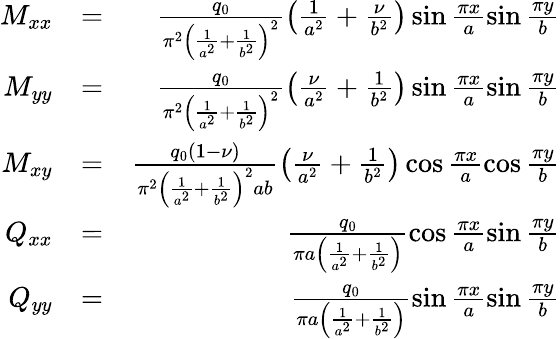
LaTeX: \begin{array}{rlr}{M_{xx}}&{=}&{\frac{q_{0}}{\pi^{2}\left(\frac{1}{a^{2}}+\frac{1}{b^{2}}\right)^{2}}\left(\frac{1}{a^{2}}+\frac{\nu}{b^{2}}\right)\sin\frac{\pi x}{a}\sin\frac{\pi y}{b}}\\ {M_{yy}}&{=}&{\frac{q_{0}}{\pi^{2}\left(\frac{1}{a^{2}}+\frac{1}{b^{2}}\right)^{2}}\left(\frac{\nu}{a^{2}}+\frac{1}{b^{2}}\right)\sin\frac{\pi x}{a}\sin\frac{\pi y}{b}}\\ {M_{xy}}&{=}&{\frac{q_{0}(1-\nu)}{\pi^{2}\left(\frac{1}{a^{2}}+\frac{1}{b^{2}}\right)^{2}ab}\left(\frac{\nu}{a^{2}}+\frac{1}{b^{2}}\right)\cos\frac{\pi x}{a}\cos\frac{\pi y}{b}}\\ {Q_{xx}}&{=}&{\frac{q_{0}}{\pi a\left(\frac{1}{a^{2}}+\frac{1}{b^{2}}\right)}\cos\frac{\pi x}{a}\sin\frac{\pi y}{b}}\\ {Q_{yy}}&{=}&{\frac{q_{0}}{\pi a\left(\frac{1}{a^{2}}+\frac{1}{b^{2}}\right)}\sin\frac{\pi x}{a}\sin\frac{\pi y}{b}}\end{array}